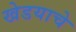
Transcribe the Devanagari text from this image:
खेडयाचे